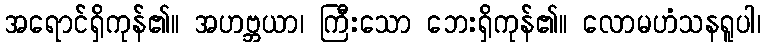
အရောင်ရှိကုန်၏။ အဟဗ္ဘယာ၊ ကြီးသော ဘေးရှိကုန်၏။ လောမဟံသနရူပါ၊